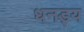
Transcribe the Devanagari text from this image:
धनड्य